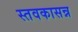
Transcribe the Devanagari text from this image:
स्तवकासन्न